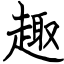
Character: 趣